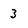
Character: 3